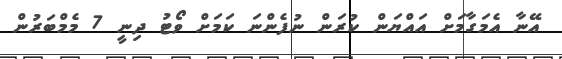
އޭނާ އެމަގާމަށް އައްޔަން ކުރަން ނުފެންނަ ކަމަށް ވޯޓު ދިނީ 7 މެމްބަރުން